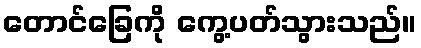
တောင်ခြေကို ကွေ့ပတ်သွားသည်။